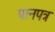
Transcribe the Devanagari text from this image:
पानपत्र